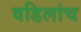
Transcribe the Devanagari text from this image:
वडिलांच